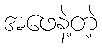
အဖေနဲ့တဲ့